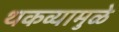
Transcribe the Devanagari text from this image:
थकव्यामुळे